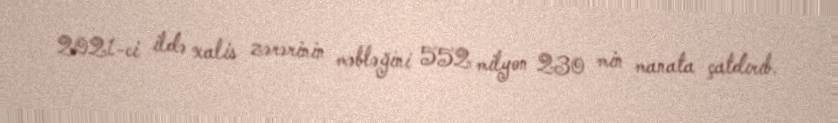
2021-ci ildə xalis zərərinin məbləğini 552 milyon 230 min manata çatdırıb.